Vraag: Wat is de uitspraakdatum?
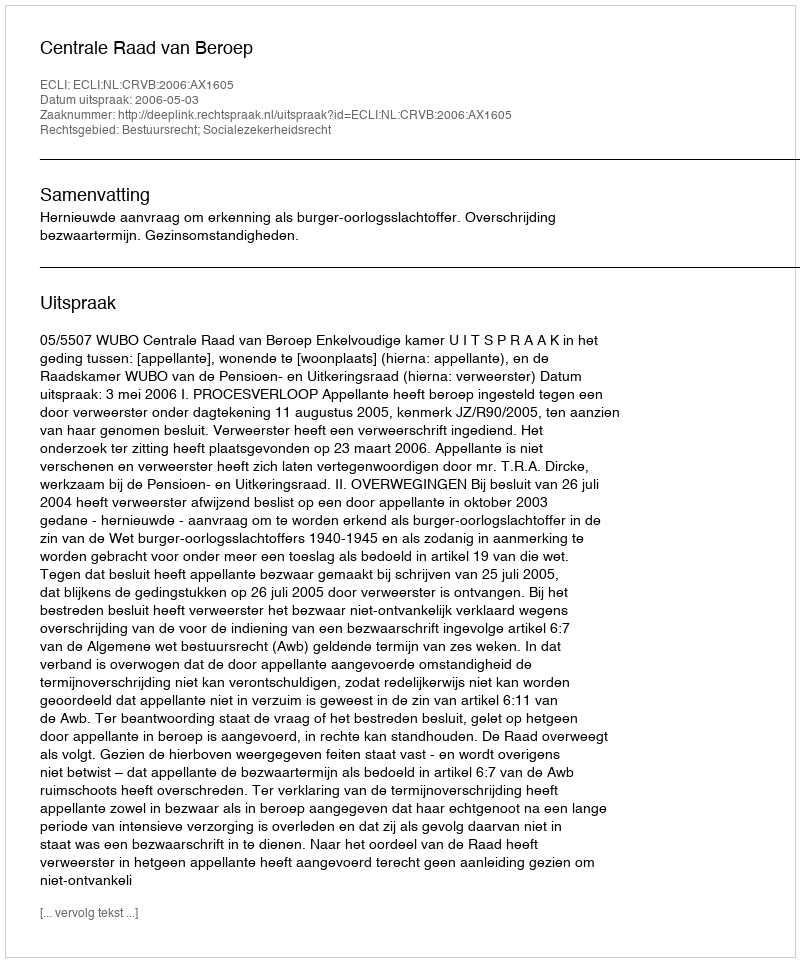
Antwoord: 2006-05-03